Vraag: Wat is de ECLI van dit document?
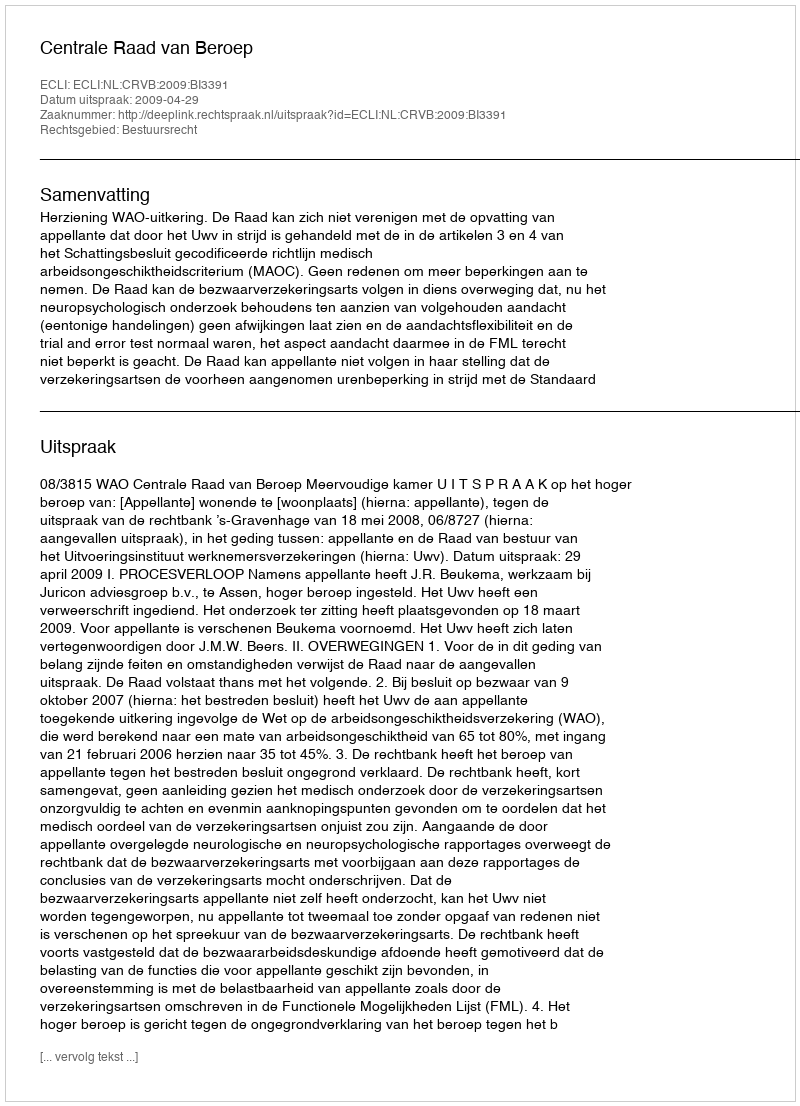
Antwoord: ECLI:NL:CRVB:2009:BI3391